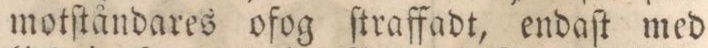
motſtåndares ofog ſtraffadt, endaſt med